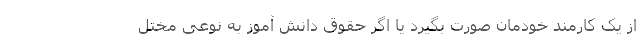
از یک کارمند خودمان صورت بگیرد یا اگر حقوق دانش آموز به نوعی مختل